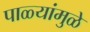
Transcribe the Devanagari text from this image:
पाळ्यांमुळे